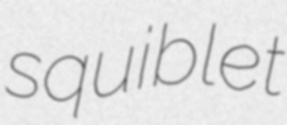
squiblet